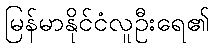
မြန်မာနိုင်ငံလူဦးရေ၏